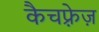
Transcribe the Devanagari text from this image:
कैचफ़्रेज़